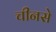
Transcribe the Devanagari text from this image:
चीनसे